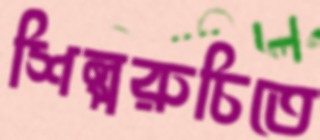
শিল্পরুচিতে